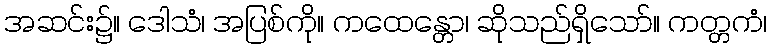
အဆင်း၌။ ဒေါသံ၊ အပြစ်ကို။ ကထေန္တော၊ ဆိုသည်ရှိသော်။ ကတ္တကံ၊